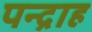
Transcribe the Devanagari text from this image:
पन्द्राह